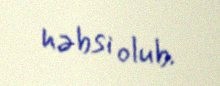
həbsi olub.